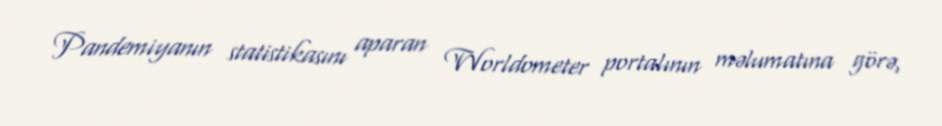
Pandemiyanın statistikasını aparan Worldometer portalının məlumatına görə,